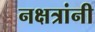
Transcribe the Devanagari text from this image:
नक्षत्रांनी